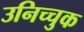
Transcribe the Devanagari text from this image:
उनिच्चुक